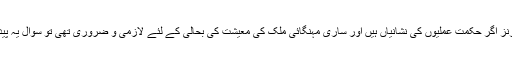
اگر یہ سارے کام جو اب علی الاعلان کیے جا رہے ہیں، یہ سارے یو ٹرنز اگر حکمت عملیوں کی نشانیاں ہیں اور ساری مہنگائی ملک کی معیشت کی بحالی کے لئے لازمی و ضروری تھی تو سوال یہ پیدا ہوتا ہے کہ یہی ساری مجبوریاں دوسروں کے ساتھ بھی رہی ہوں گی۔